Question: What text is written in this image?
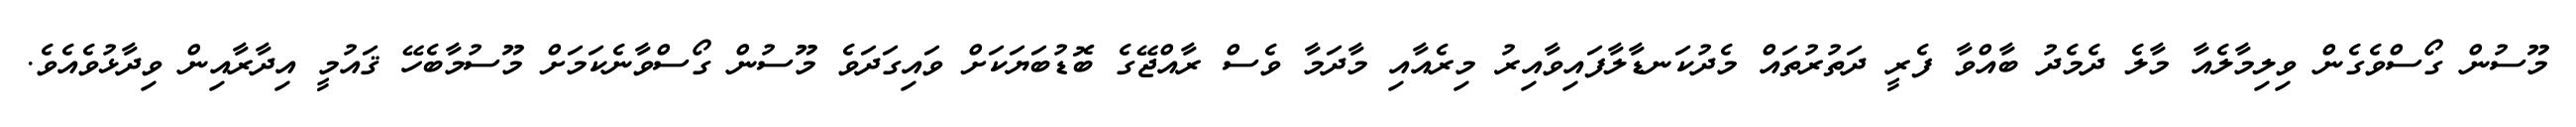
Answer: މޫސުން ގޯސްވެގެން ވިލިމާލެއާ މާލެ ދެމެދު ބާއްވާ ފެރީ ދަތުރުތައް މެދުކަނޑާލާފައިވާއިރު މިރެއާއި މާދަމާ ވެސް ރާއްޖޭގެ ބޮޑުބަޔަކަށް ވައިގަދަވެ މޫސުން ގޯސްވާނެކަމަށް މޫސުމާބެހޭ ޤައުމީ އިދާރާއިން ވިދާޅުވެއެވެ.